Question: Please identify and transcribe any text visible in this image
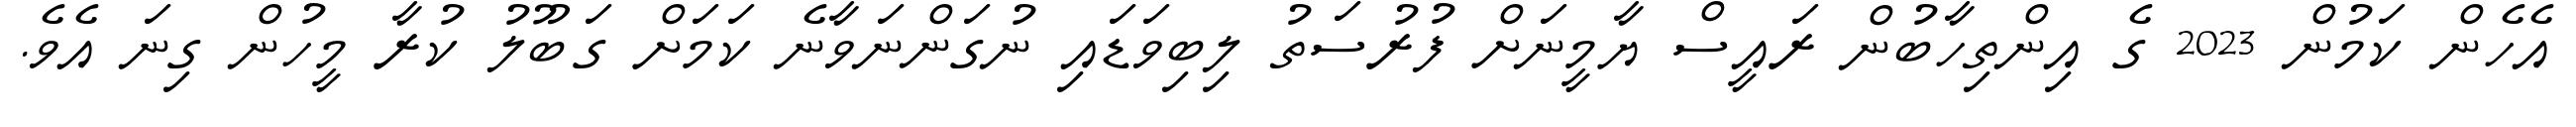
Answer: އެހެން ކަމުން 2023 ގެ އިންތިހާބުން ރައީސް ޔާމީނަށް ފުރުސަތު ލިބިވަޑައި ނުގަންނަވާނެ ކަމަށް ގަބޫލު ކުރާ މީހުން ގިނަ އެވެ.